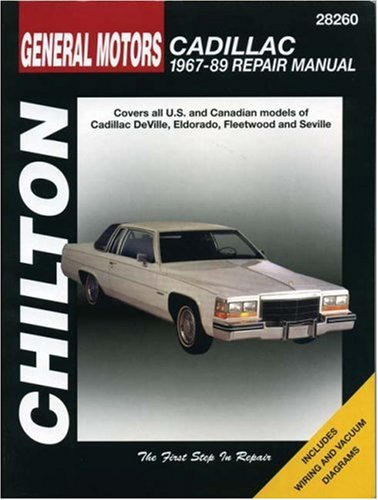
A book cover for GM Cadillac, 1967-89 (Chilton Total Car Care Series Manuals); Chilton; Engineering & Transportation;